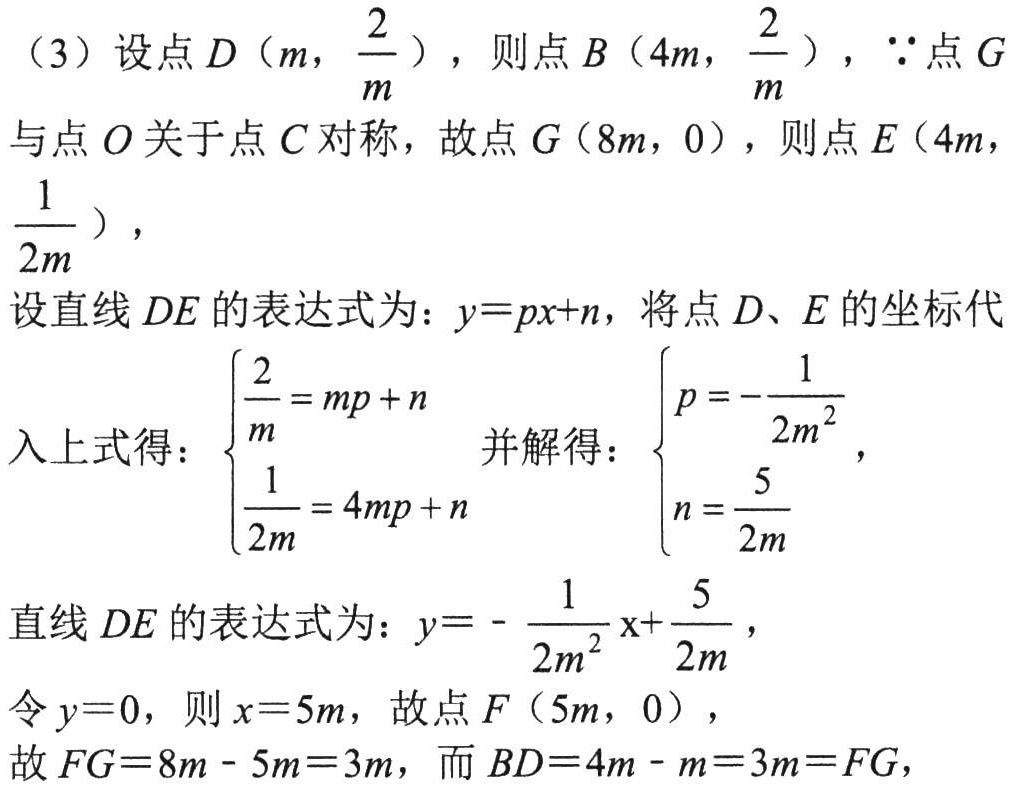
（3）设点\(D\left(m,\dfrac{2}{m}\right)\)，则点\(B\left(4m,\dfrac{2}{m}\right)\)，\(\because\)点\(G\)
与点\(O\)关于点\(C\)对称，故点\(G(8m,0)\)，则点\(E\left(4m,\dfrac{1}{2m}\right)\)，
设直线\(DE\)的表达式为：\(y = px + n\)，将点\(D\)、\(E\)的坐标代
入上式得：\(\begin{cases}\dfrac{2}{m}=mp + n\\\dfrac{1}{2m}=4mp + n\end{cases}\)并解得：\(\begin{cases}p =-\dfrac{1}{2m^{2}}\\n=\dfrac{5}{2m}\end{cases}\)，
直线\(DE\)的表达式为：\(y=-\dfrac{1}{2m^{2}}x+\dfrac{5}{2m}\)，
令\(y = 0\)，则\(x = 5m\)，故点\(F(5m,0)\)，
故\(FG = 8m-5m = 3m\)，而\(BD = 4m - m = 3m=FG\)，